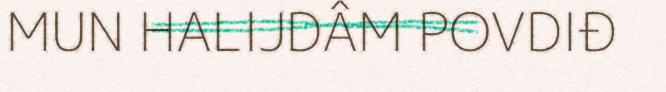
MUN HALIJDÂM POVDIĐ